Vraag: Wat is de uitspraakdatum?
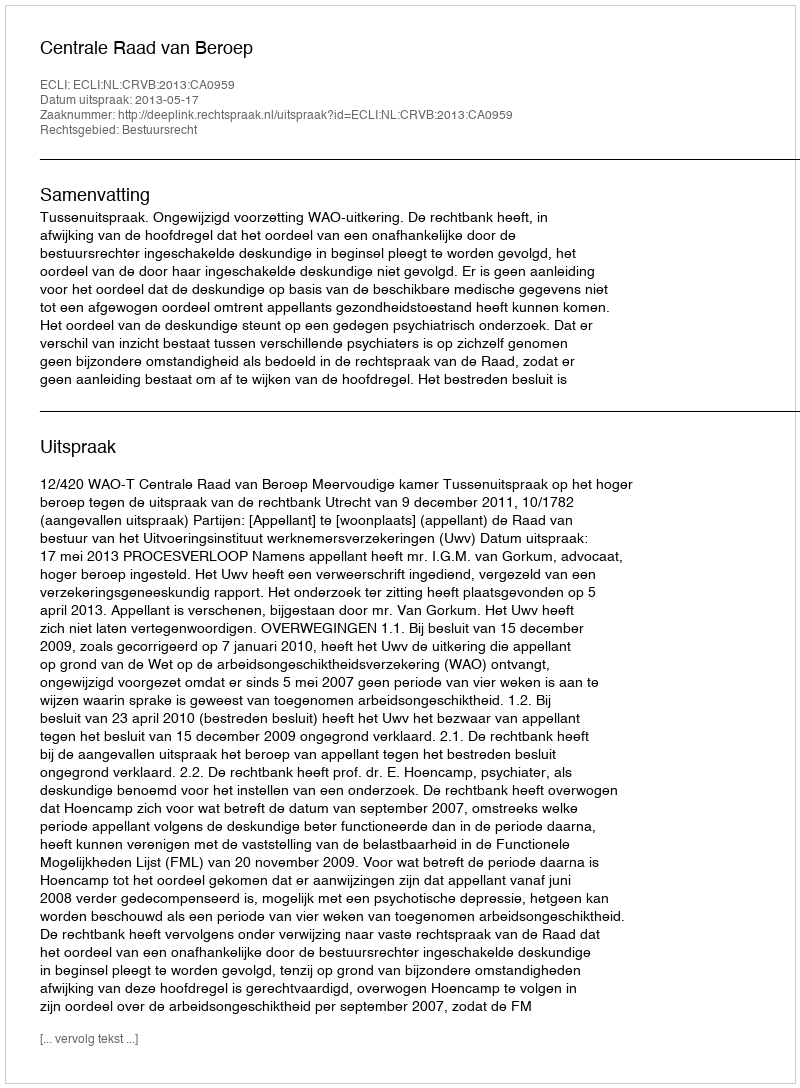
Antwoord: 2013-05-17